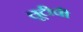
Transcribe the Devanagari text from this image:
लूटीची